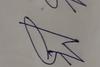
Signature authenticity: forged